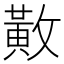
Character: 𫿍